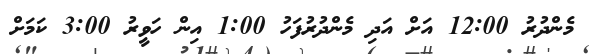
މެންދުރު 12:00 އަށް އަދި މެންދުރުފަހު 1:00 އިން ހަވީރު 3:00 ކަމަށް